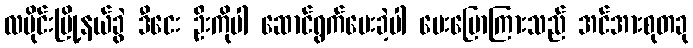
လမိုင်းမြို့နယ်ခွဲ ဒီငေး ဦးကိုပါ ဆောင်ရွက်ပေးခဲ့ပါ ပေးပြောကြားသည် အင်အားစုတခု